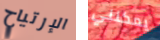
الإرتياح يمكنني